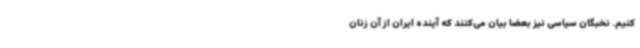
کنیم. نخبگان سیاسی نیز بعضا بیان می‌کنند که آینده ایران از آن زنان